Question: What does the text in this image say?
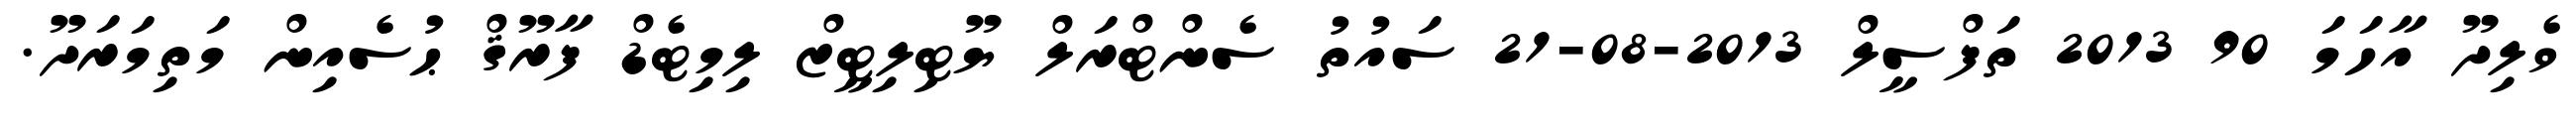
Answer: ވެލިދޫ އާހަމަ 90 2013 ތަފްސީލް 2013-08-21 ސައުތު ސެންޓްރަލް ޔޫޓިލިޓީޒް ލިމިޓެޑް ފާރޫޤް ޙުސެއިން މަތިމަރަދޫ.